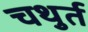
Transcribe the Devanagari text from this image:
चथुर्त